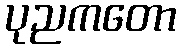
ပုညကတော